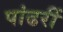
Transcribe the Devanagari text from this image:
पांढरीं